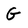
Character: G